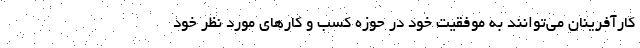
کارآفرینان می‌توانند به موفقیت خود در حوزه کسب و کارهای مورد نظر خود